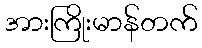
အားကြိုးမာန်တက်